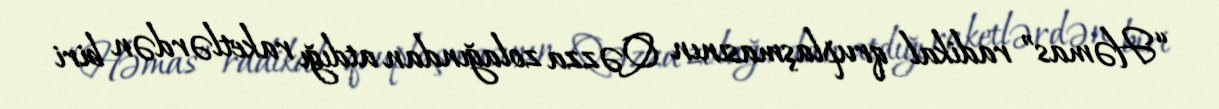
“Həmas” radikal qruplaşmasının Qəzza zolağından atdığı raketlərdən biri